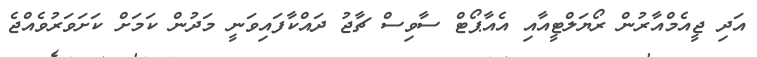
އަދި ޖީއެމްއާރުން ރޯޔަލްޓީއާއި އެއާޕޯޓް ސާވިސް ޗާޖު ދައްކާފައިވަނީ މަދުން ކަމަށް ކަށަވަރުވެއްޖެ